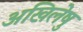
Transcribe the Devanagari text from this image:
अखिलेषु